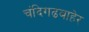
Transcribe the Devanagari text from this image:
चंदिगढबाहेर